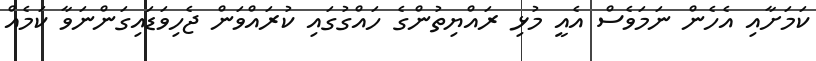
ކަމަށާއި އެހެން ނަމަވެސް އެއީ މުޅި ރައްޔިތުންގެ ހައްގުގައި ކުރައްވަން ޖެހިވަޑައިގަންނަވާ ކަމެއް